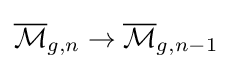
{\overline {\mathcal {M}}}_{g,n}\to {\overline {\mathcal {M}}}_{g,n-1}